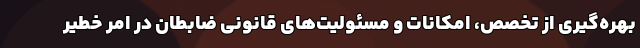
بهره‌گیری از تخصص، امکانات و مسئولیت‌های قانونی ضابطان در امر خطیر